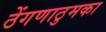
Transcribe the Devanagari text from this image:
ठेंगणाठुमका